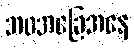
ဘဝအခြေအနေ